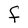
Character: F